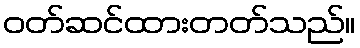
ဝတ်ဆင်ထားတတ်သည်။